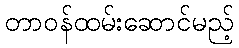
တာဝန်ထမ်းဆောင်မည့်